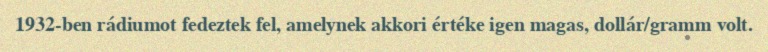
1932-ben rádiumot fedeztek fel, amelynek akkori értéke igen magas, dollár/gramm volt.